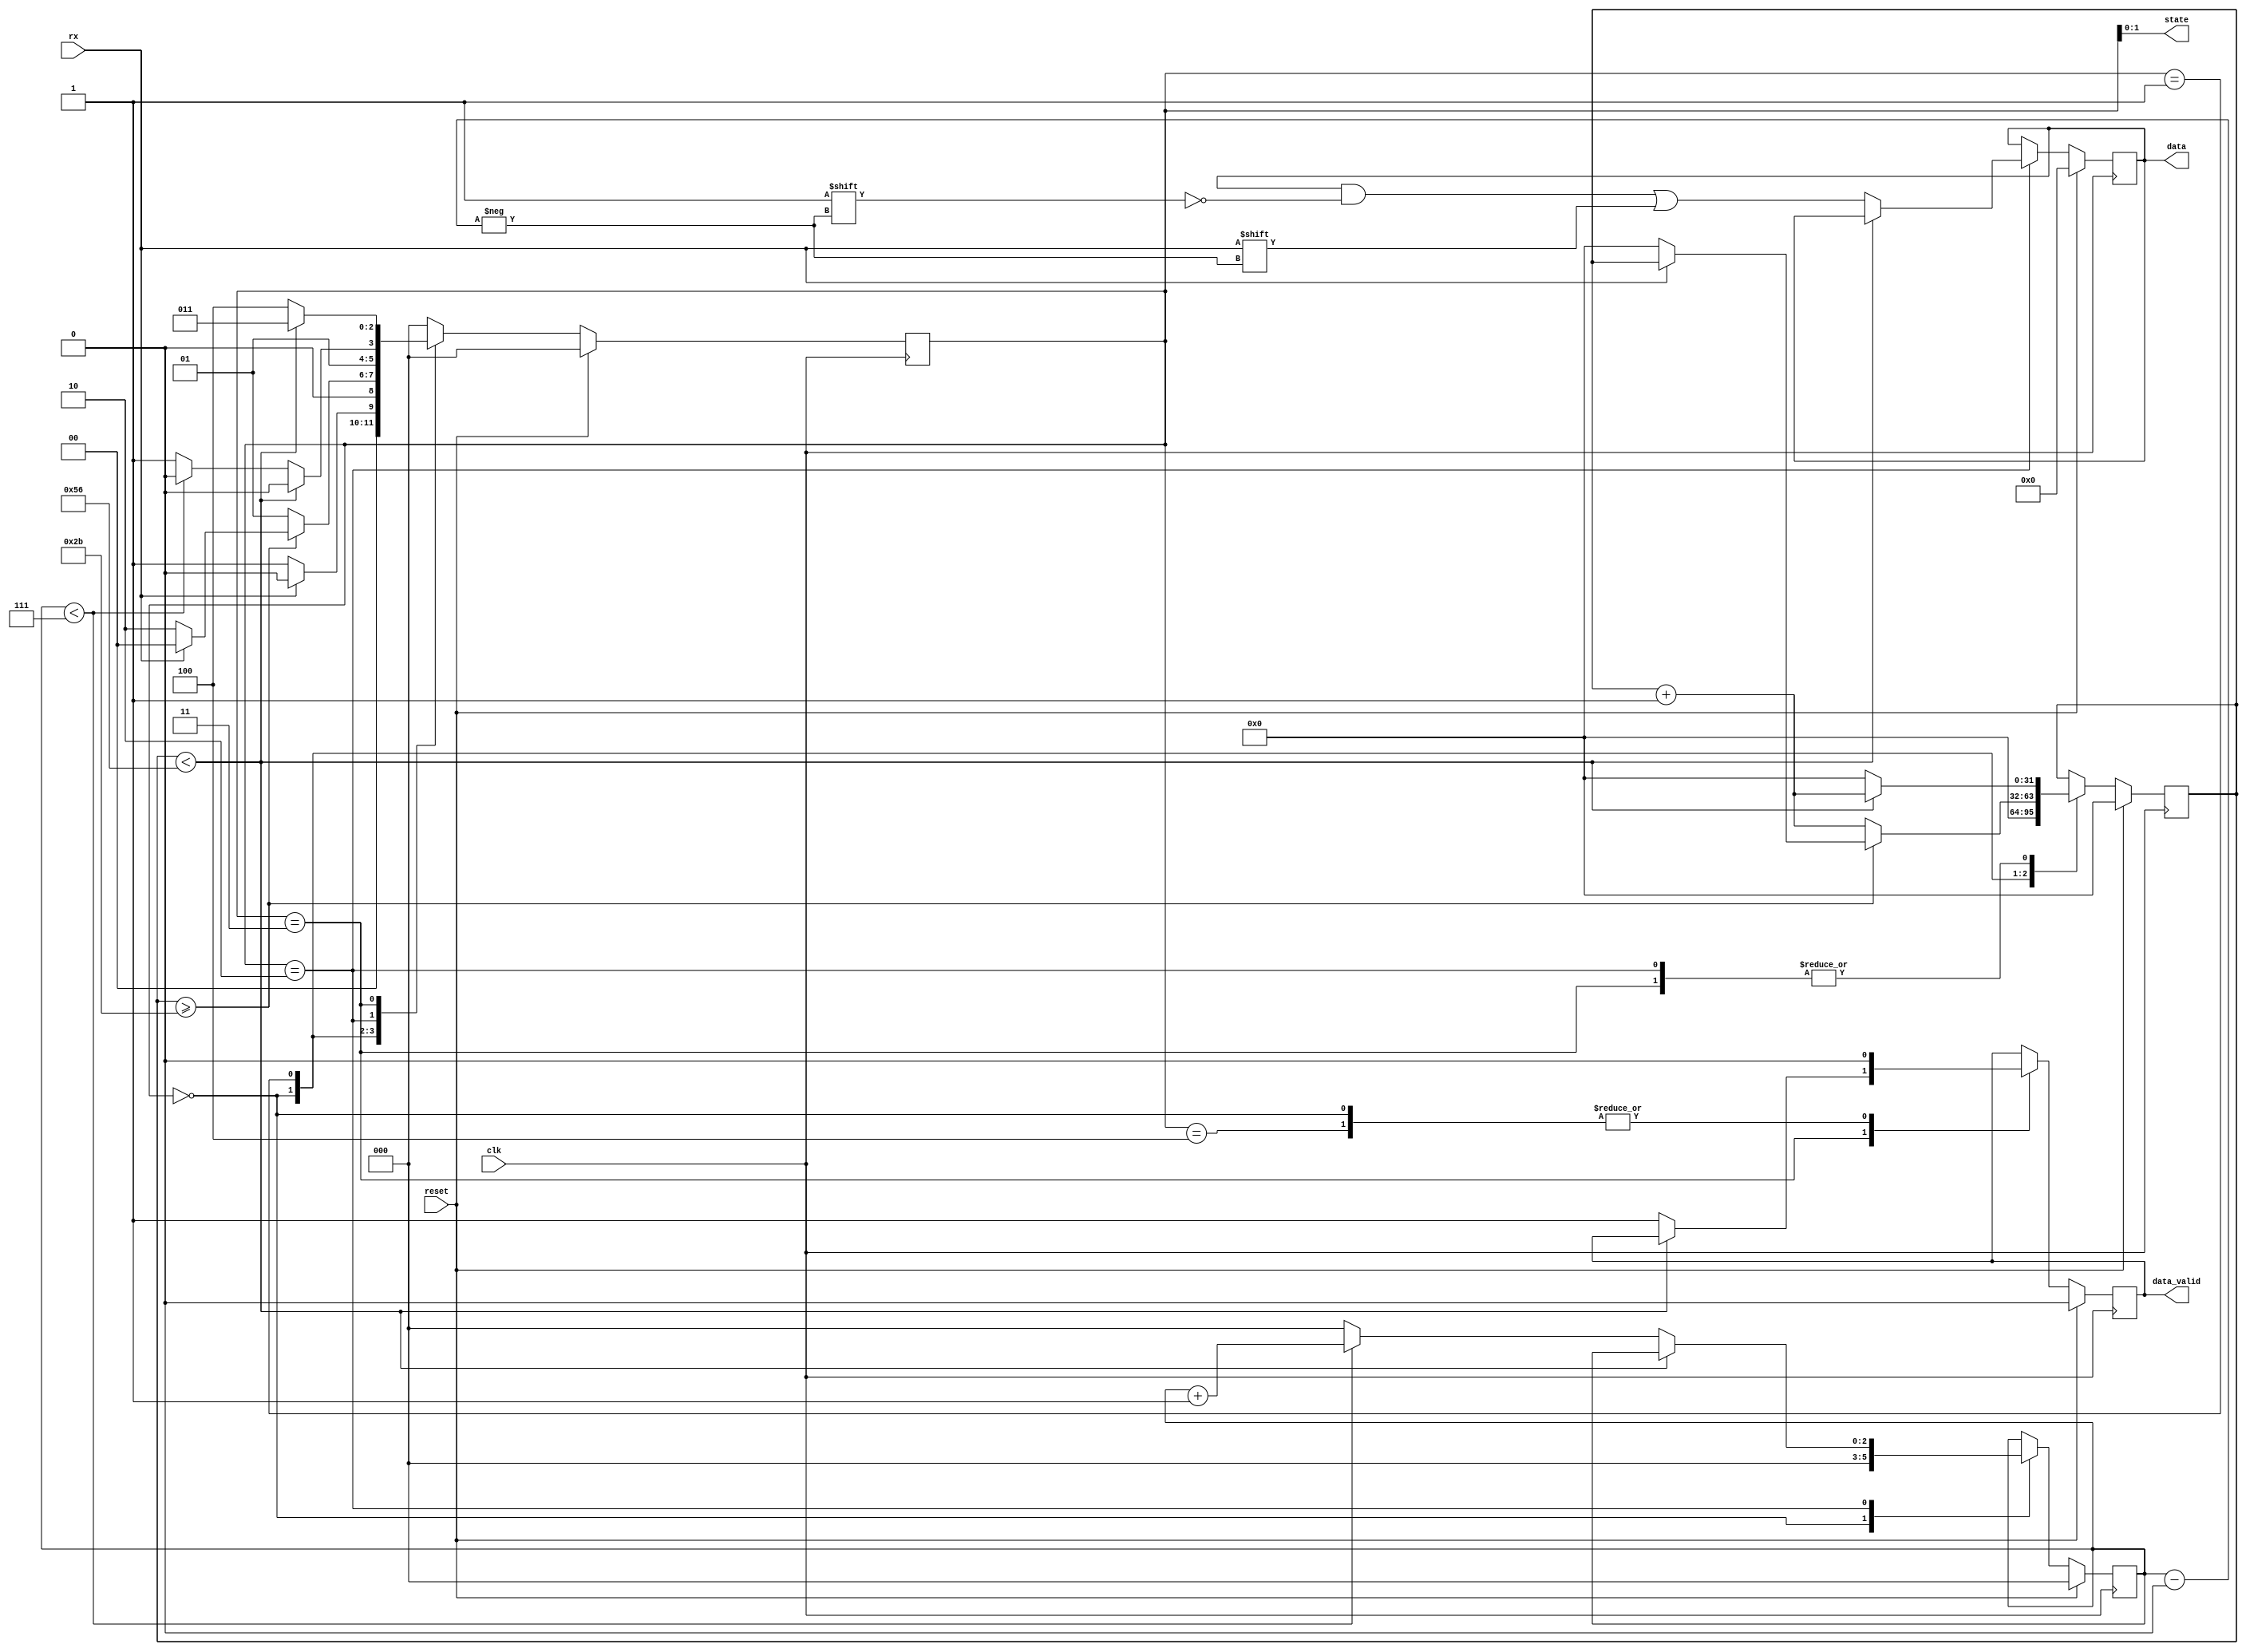
`timescale 1ns / 1ps
//////////////////////////////////////////////////////////////////////////////////
// Company: 
// Engineer: 
// 
// Design Name: 
// Module Name: uart_receiver
// Project Name: 
// Target Devices: 
// Tool Versions: 
// Description: 
// 
// Dependencies: 
// 
// Revision:
// Revision 0.01 - File Created
// Additional Comments:
// 
//////////////////////////////////////////////////////////////////////////////////


module uart_receiver #(parameter BAUD_VAL = 87)
    (
    input wire clk,
    input wire reset,
    input wire rx,
    output reg [7:0] data,
    output reg data_valid,
    output [1:0] state
    );
    
    // State Definitions
    localparam [2:0] IDLE = 3'd0, START = 3'd1, RXDATA = 3'd2, STOP = 3'd3, CLEANUP = 3'd4;

    reg [2:0] current_state =0, next_state = 0;
    reg [31:0] clk_counter = 32'd0;
    reg [2:0] bit_index = 3'd0;
    
    assign state = current_state;
    always @(posedge clk) begin
        if(reset) begin
            current_state = IDLE;
            next_state = IDLE;
            clk_counter = 0;
            bit_index = 0;
            data = 0;
            data_valid = 0;
        end else begin
            
            case (current_state)
                IDLE :					// Default State
					begin
						clk_counter= 0;
						bit_index = 0;
						data_valid = 1'b0;
						if(rx == 1'b0)
							next_state = START;
						else
							 begin
							     next_state = IDLE;
							 end
					end
                START: begin
						if(clk_counter >= (BAUD_VAL-1)/2)		//We are sampling from the middle of the first bit, just to make sure we are ignoring timing issues.
							begin
								if(rx == 1'b0)
									begin
										clk_counter = 0;
										next_state = RXDATA;
									end
								else
									next_state = IDLE;	
							end
						else
							begin
								clk_counter = clk_counter + 1;
								next_state = START;
							end
					end
                RXDATA: 					
                begin
						if(clk_counter < BAUD_VAL-1)		//We were on the middle of the first bit and now, we are on the middle of the next bit which is the first bit of Data bits.
							begin
								clk_counter = clk_counter + 1;
								next_state = RXDATA;
							end
						else
							begin
								clk_counter = 0;
								data[bit_index] = rx;	//We are creating an output BYTE by writing every index of bit one by one.
								
								if(bit_index < 7)
									begin
										bit_index = bit_index + 1;
										next_state = RXDATA;
									end
								else
									begin
										bit_index = 0;
										next_state = STOP;
									end
							end
					end
                STOP: begin
						if(clk_counter < BAUD_VAL-1)
							begin
								clk_counter = clk_counter + 1;
								next_state = STOP;
							end
						else
							begin
								data_valid = 1'b1;
								clk_counter = 0;
								next_state = CLEANUP;
								
							end
					end
				//This is for 1 clock cycle delay and returning to the default flow				
				CLEANUP: begin
						data_valid = 1'b0;
						next_state = IDLE;
					end
				default:
				next_state = IDLE;
            endcase
            current_state = next_state;
		end	
	end
	
endmodule